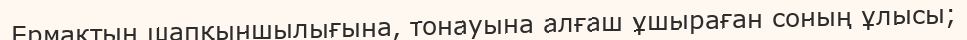
Ермактың шапқыншылығына, тонауына алғаш ұшыраған соның ұлысы;